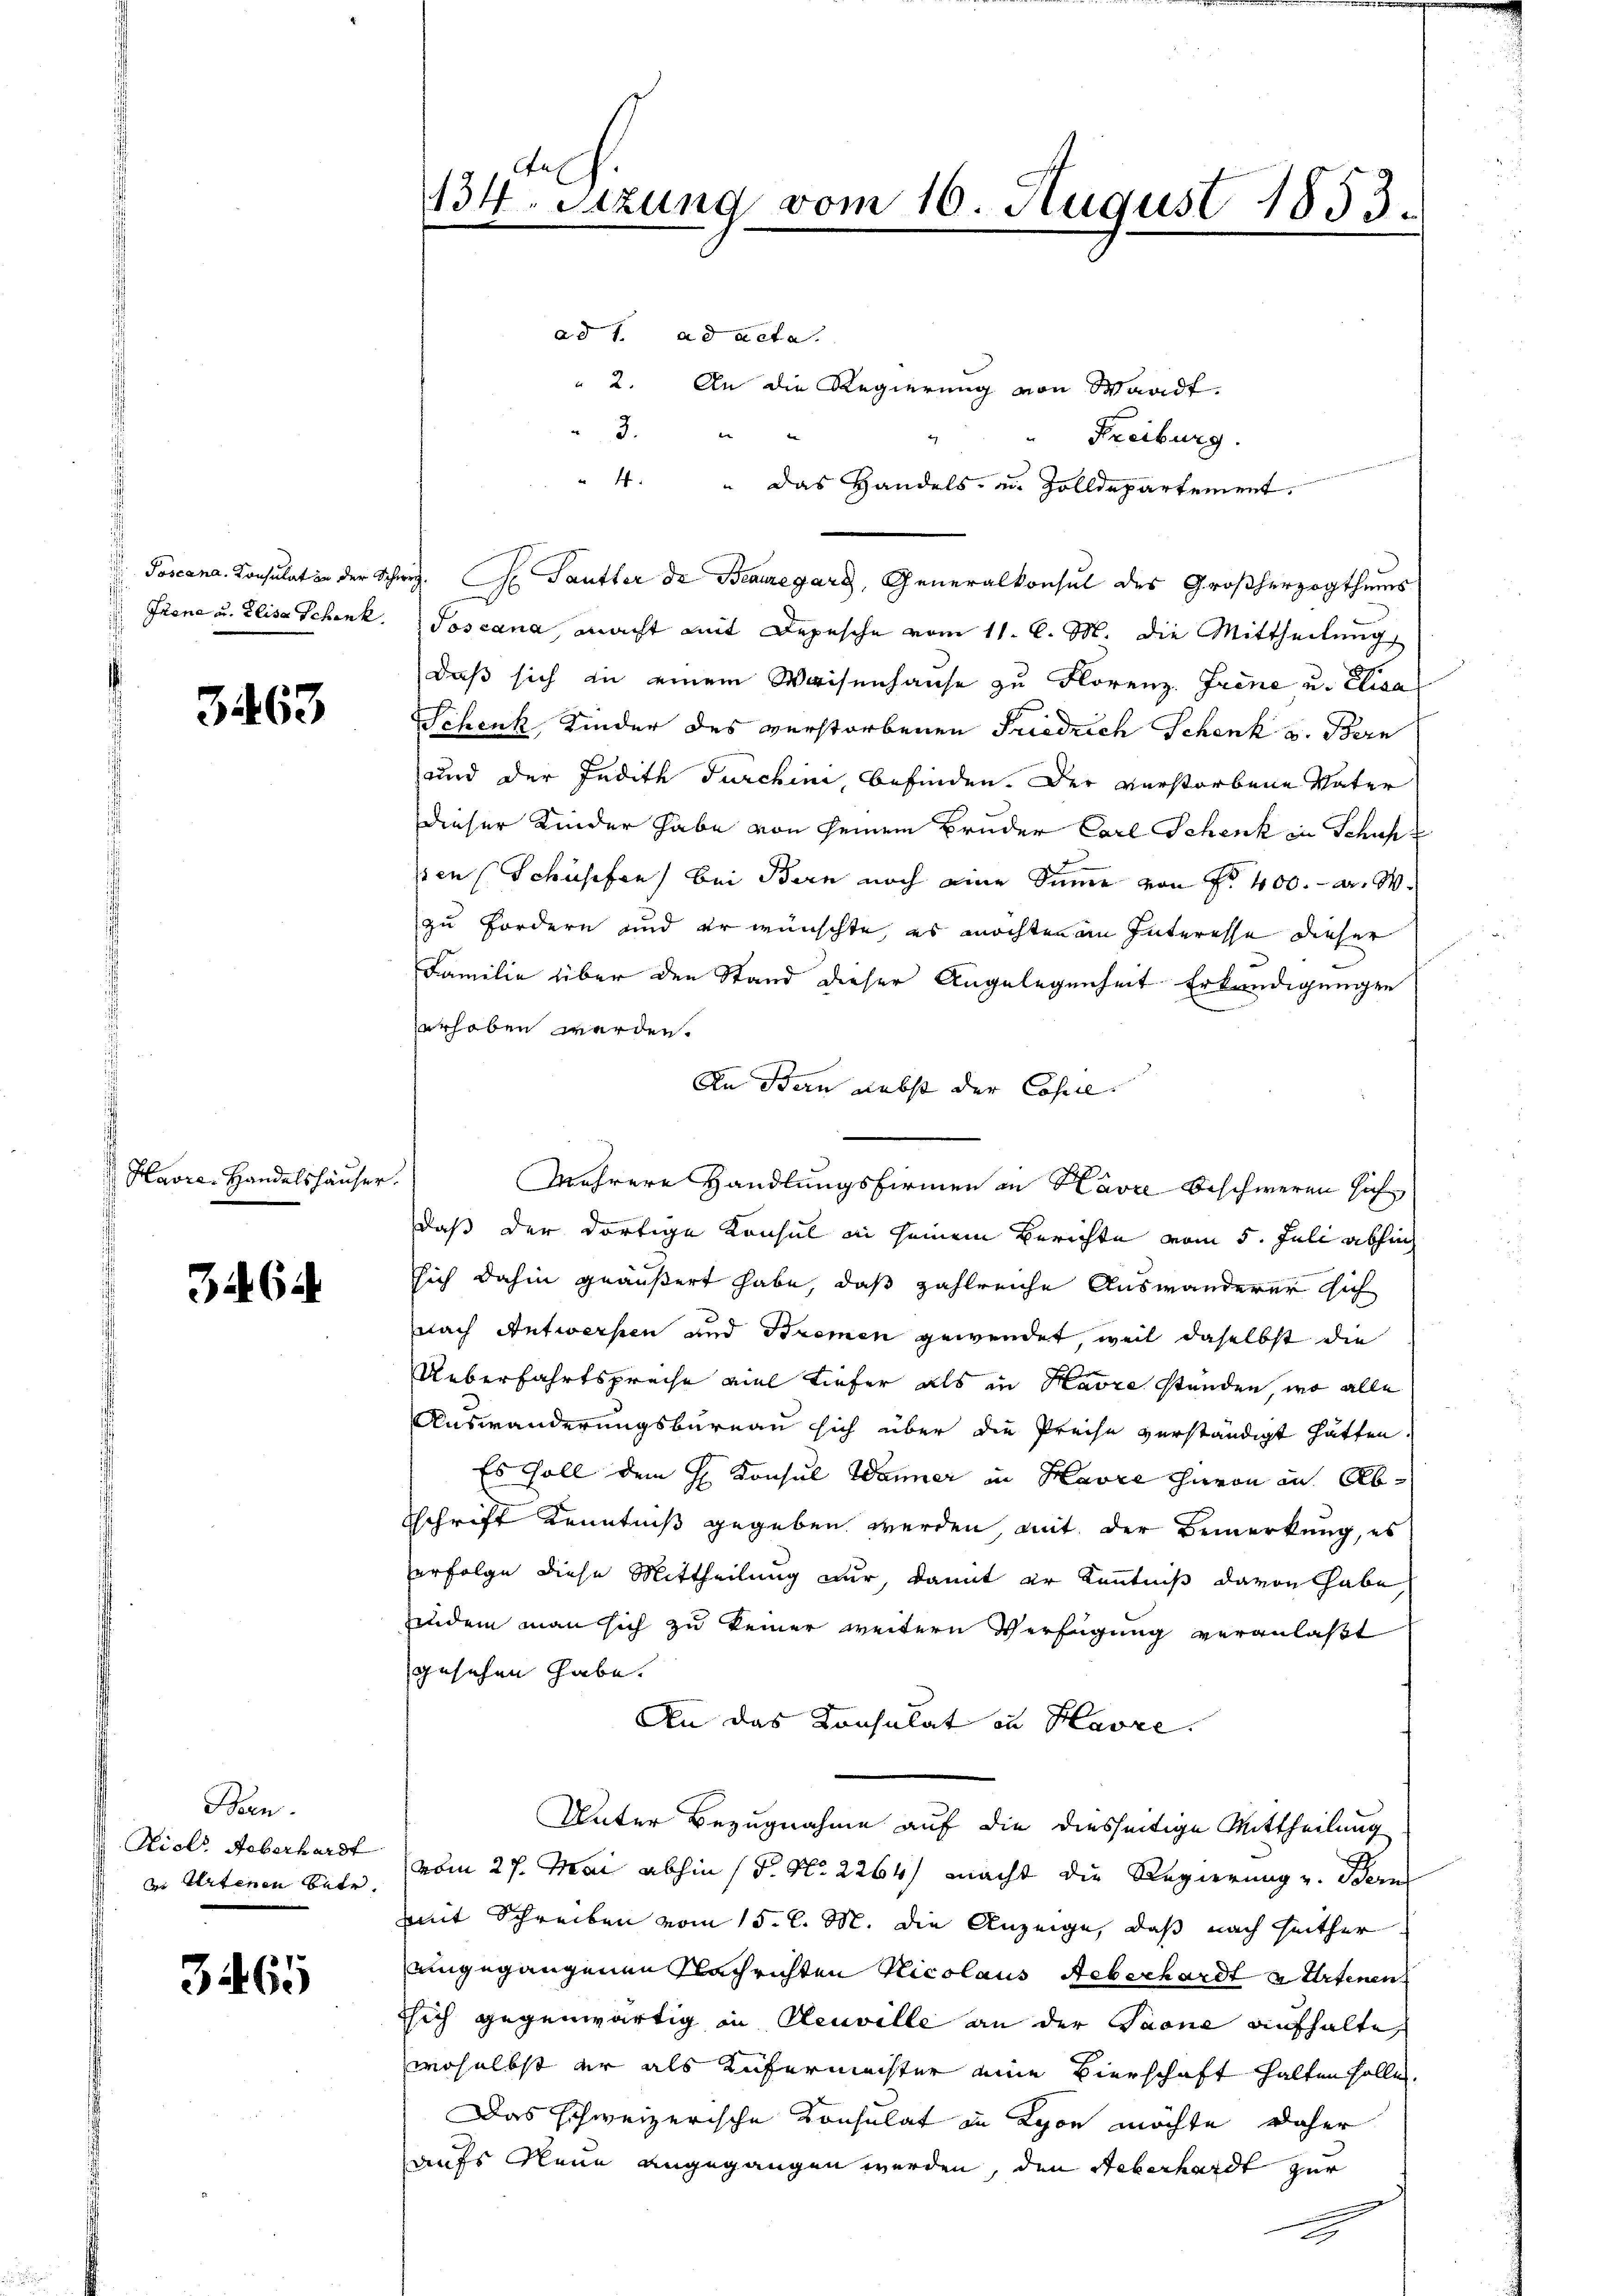
Frone u. Elisa Schenk.

3463

Havre Handelshäuser.

362.

Been
Kiel. Ueberhardt
u. Artenen betr

3465

134. Sitzung vom 10. August 1853.

ad 1. ad acta.
 2. An die Regierung von Waadt
3.
d
Freiburg.
4. " Das Handels- u. Zolldepartement.
Toscana, Consulat in der Schweiz. G. Sautter de Beauregarg, Generalkonsul des Großherzogthums
Joscana, macht mit Depesche vom 11. l. M. die Mittheilung,
daß sich in einem Waisenhause zu Florenz Feine u. Elisa
Schenk Kinder des verstorbenen Friedrich Schenk u. Bern
und der Judith Furchini, befinden. Der verstorbene Vater
dieser Kinder habe von seinem Bruder Carl Schenk in Schuh z
sien (Schüsefen bei Bern noch eine Summe von Fr. 400. an. W
zu Fordern und er wünschte, es möchten an Interesse dieser
Familie über den Stand dieser Angelegenheit Erkundigungen
erhoben werden.
An Bern nebst der Copeil.
Mehrere Handlungsfirmen in Havre Beschweren sich
daß der dortige Konsul in seinem Berichte vom 5. Juli abhin
sich dahin geäußert habe, daß zahlreiche Auswanderer sich
nach Antwersten und Bremen gewendet, weil daselbst die
Ueberfahrtspreche viel Tiefer als in Havre standen, wo alle
Auswanderungsbureau sich über die Preise verständigt hätten.
Es soll dem H. Konsul Wanner in Havre hievon in Abtschrift Kenntniß gegeben werden, mit der Bemerkung, es
erfolge diese Mittheilung nur, damit er Kenntniß davon habe,
zendem man sich zu keiner weitern Verfügung veranlaßt
gesehen habe.
An das Konsulat in Havre.
Unter Bezugnahme auf die diesseitige Mittheilung
vom 27. Mai abhin (P. Nr. 2264) macht die Regierung u. Berns
mit Schreiben vom 15. d. M. die Anzeige, daß nach seither
eingegangenen Nachrichten Nicolaus Aeberhardt u Artenen
ssich gegenwärtig in Neuville an der Paone aufhalte,
woselbst der als Zufermachter eine Vierschaft halten solle,
Das schweizerische Konsulat in Lyon möchte daher
aufs Neue angegangen werden, den Ueberhardt zur
.
a